Annual report on the lock hospitals of the Madras Presidency
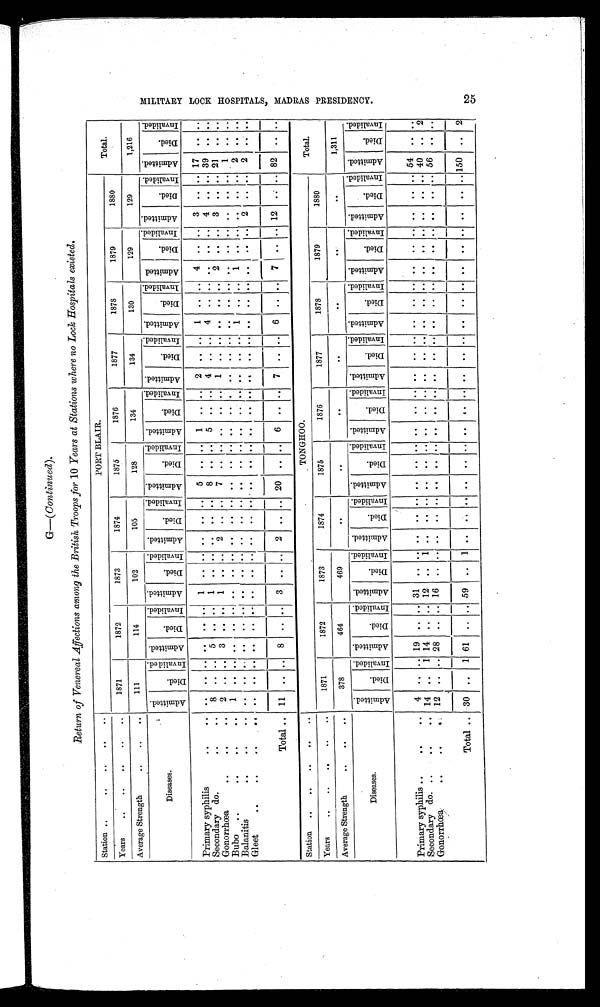
G— ( Continued).
Return of Venereal Affections among the British Troops for 10 Years at Stations where no Lock Hospitals existed.
Station... ...... .
PORT BLAIR.
Total.
Years..........
1871
1872
1873
1874
1875
1876
1877
1878
1879
1880
Average Strength... .. .
111
114
102
105
128
134
134
130
129
129
1,216
Diseases.
A d m i t t e d .
Died.
I n v a l i d e d . A d m i t t e d .
D i e d .
I nval i ded. A d m i t t e d .
D i e d .
I nval i ded. A d m i t t e d .
Di e d.
I nval i ded. A d m i t t e d .
Died.
I n v a l i d e d .
A d m i t t e d .
Died.
I nval i ded. A d m i t t e d .
Di e d .
I nva l i de d. Admi t t ed.
Di ed.
I nva l i de d. Ad mi t t e d . Di e d.
I nval i ded. Admi t t ed.
D i e d .
I nva l i de d. A d m i t t e d .
D i e d .
I n v a l i d e d .
Primary syphilis. .. .
. .
. .
. . . .
. .
. . 1 ..
. . . .
. . . . 5
. . . . 1 ..
. . 2
. .
. . 1 ..
. . 4
. .
. . 3
. .
. . 17
. . . .
Secondary do.... . 8
. .
. . 5
. .
. . 1
. .
. .
..
. . . . 8
. . . . 5
. . .. 4
. .
. . 4
. .
..
. .
. . 4
. . . .
3 9 . . . .
Gonorrhoea. .. .. . 2 .. .. 3 .. .. 1 .. .. 2
. . .. 7
. . . . . .
. .
. . 1
. .
. . . .
. .
. . 2
. .
. . 3
. .
. . 21
. . . .
Bubo... .... .
1
. . . .
. .
. .
. . . .
. .
. . . .
. . . . . .
. . . .
. .
. . . . . .
. . . .
. .
. .
. .
. .
. .
. .
. . . .
1
. . . .
Balanitis. .. .
. .
. . . .
. .
. .
. . . .
. .
. . . .
. . . . . .
. . . . . .
. . ..
. .
. .
. . 1 .. .
1
. .
. .
. .
..
. . 2 .. . .
Gleet. .. .. .. .
. .
. .
. . . .
. .
. . . .
. .
. . . .
. .
. .
. .
. . . . . .
. . . . . .
____ . .
. . . .
. .
. . . .
. .
. .
2 . .
. . 2
. . . .
Total.. 11
. . .. 8
. .
. . 3
. .
. . 2
. . . . 20
. . .. 6
. . . . 7
. . .. 6
. .
. . 7 ..
. . 12
. . .. 82
. .
. .
Station... .... .. .
TONGHOO.
Total.
Years. .. .... ...
1871
1872
1873
1874
1875
1876
1877
1878
1879
1880
Average Strength... .. .
378
464
469
. .
..
. .
..
..
..
. .
1,311
D i s e a s e s .
A d m i t t e d .
D i e d .
I nval i ded. A d m i t t e d .
D i e d .
I nva l i de d. A d m i t t e d .
D i e d .
I n v a l i d e d . Ad mi t t e d .
D i e d .
I nval i ded.
A d m i t t e d .
Died.
I nva l i de d. A d m i t t e d .
Died.
I nval i ded. A d m i t t e d .
Di e d .
I nval i ded. A d mi t t e d .
Di ed.
I nval i ded. A d m i t t e d .
Di e d.
I nval i ded. Admi t t ed.
Di e d .
I nval i ded. A d m i t t e d .
D i e d .
I n v a l i d e d .
Primary syphilis... ...
4 .. .. 19
. . .. 31
. .
. . . .
. . . . . .
. . . . . . .
. . . . . .
. .
. . . .
. .
. . . .
. .
. . . .
. . .. 54
. . . .
Secondary do....... 14
. . 1 14
. .
. . 12
. .
1 . .
. . . . . .
. .
. . . .
. .
. . . .
. .
. . . .
. .
. . . . ..
. .
. .
. .
. . 40 .. 2
Gonorrhœa.. ...
12 .. .. 28 .. .. 16 ..
. . . .
. . . . . . .... . . . .
. . . . ..
. .
. .
. .
. .
. . . .
. .
. . . .
. .
. . 56
. . . .
Total . .
30
. . 1 61 .. .. 59
. .
1 . .
. . . . . .
. . . .
. .
. .
. .
. .
. .
. .
. . . .
. . .. . .
. .
. .
. .
. .
. . 150
. . 2
MI L I T ARY L OCK HOS P I T AL S , MADRAS P RE S I DE NCY. 2 5